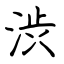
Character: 渋